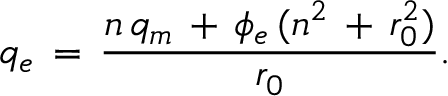
q _ { e } \, = \, \frac { n \, q _ { m } \, + \, \phi _ { e } \, ( n ^ { 2 } \, + \, r _ { 0 } ^ { 2 } ) } { r _ { 0 } } .